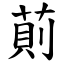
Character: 萴